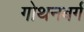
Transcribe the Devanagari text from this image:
गोथनबर्गं